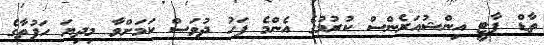
ތާޑް ޕާޓީ އިންޝުއަރެންސް ކުރުމުގެ އެންމެ ފަހު ދުވަސް ކަމަށްވާ މިދިޔަ ހަފުތާގެ